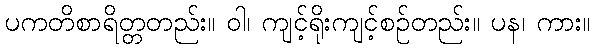
ပကတိစာရိတ္တတည်း။ ဝါ၊ ကျင့်ရိုးကျင့်စဉ်တည်း။ ပန၊ ကား။